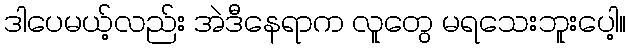
ဒါပေမယ့်လည်း အဲဒီနေရာက လူတွေ မရသေးဘူးပေါ့။